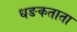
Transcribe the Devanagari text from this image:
धङकताता